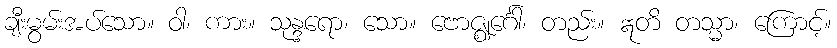
ချီးမွမ်းအပ်သော။ ဝါ၊ ကား။ သုန္ဒရော၊ သော။ ဗောဇ္ဈင်္ဂေါ၊ တည်း။ ဣတိ တသ္မာ၊ ကြောင့်။